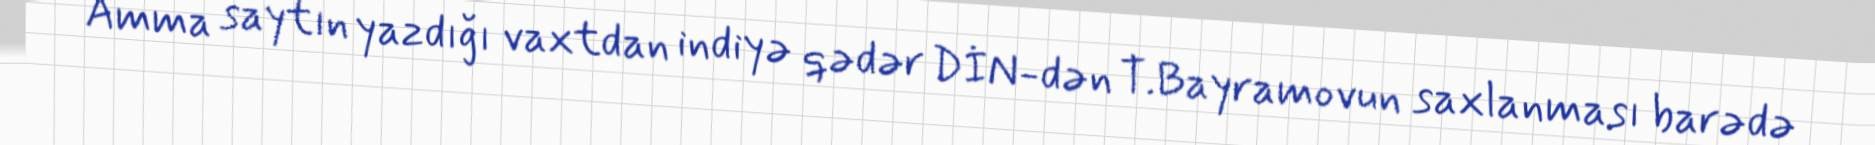
Amma saytın yazdığı vaxtdan indiyə qədər DİN-dən T.Bayramovun saxlanması barədə